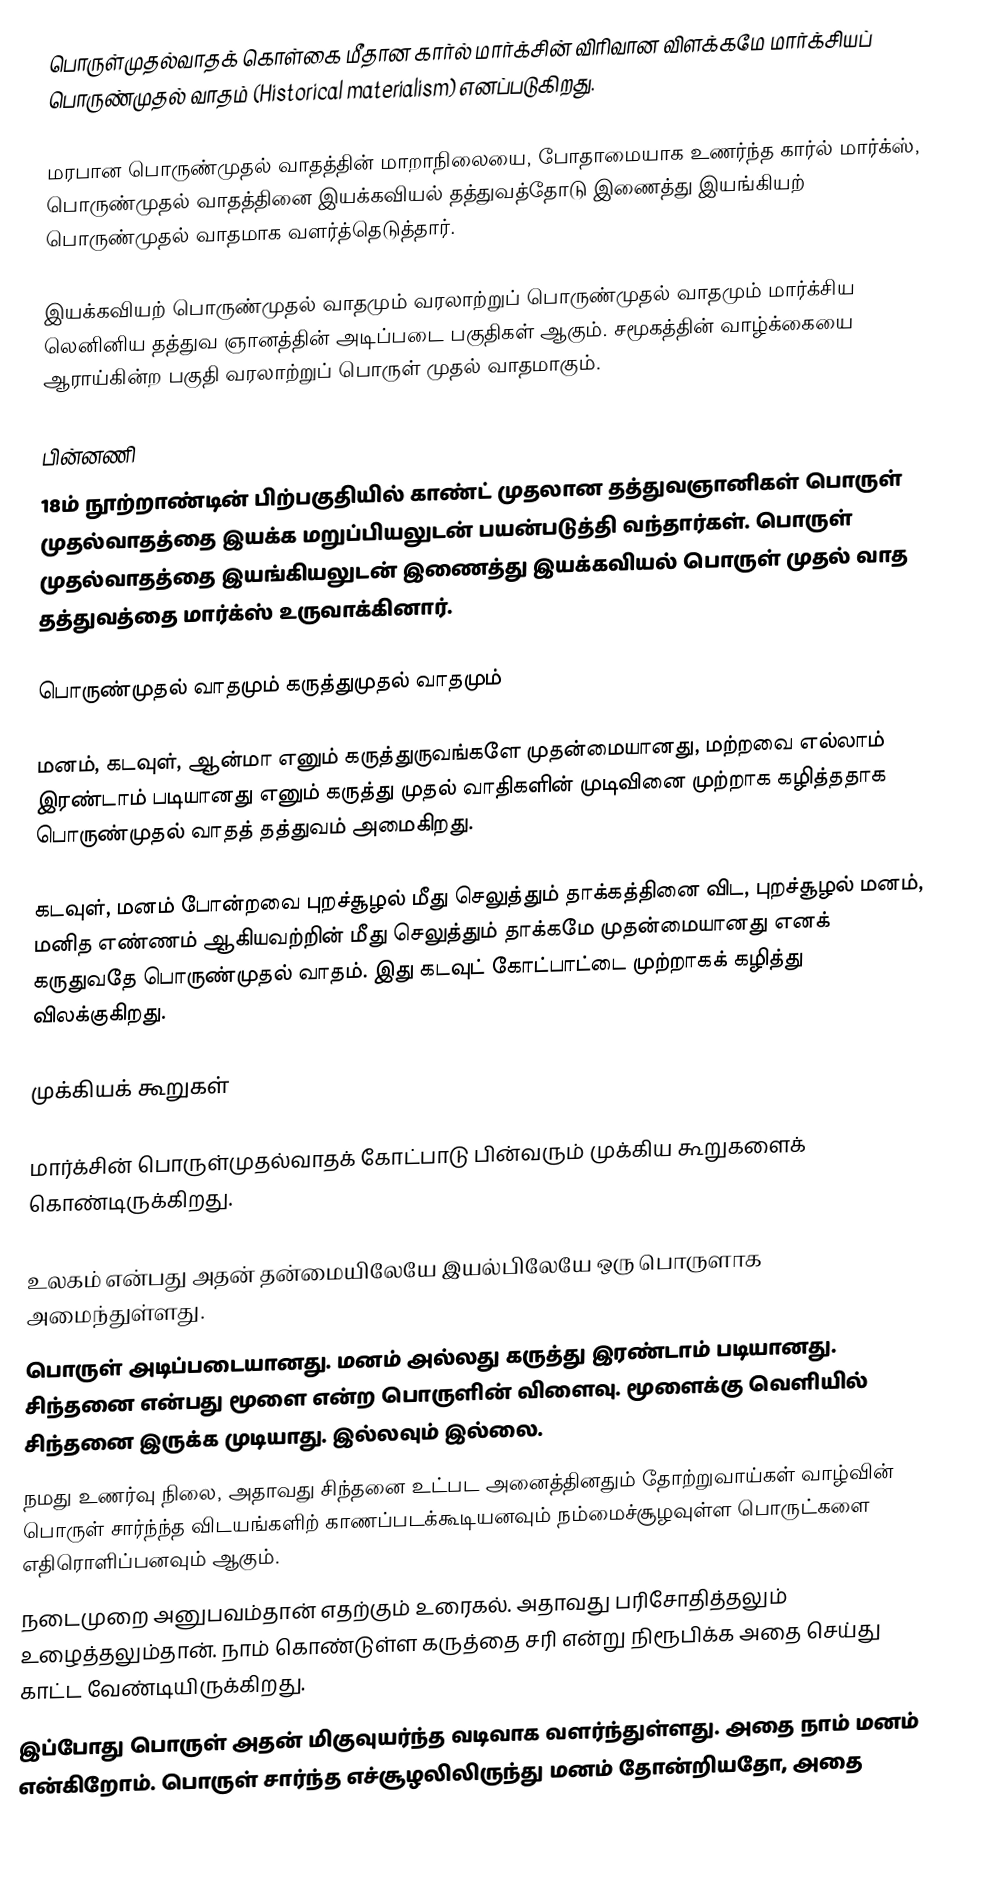
பொருள்முதல்வாதக் கொள்கை மீதான கார்ல் மார்க்சின் விரிவான விளக்கமே மார்க்சியப் பொருண்முதல் வாதம் (Historical materialism) எனப்படுகிறது.

மரபான பொருண்முதல் வாதத்தின்  மாறாநிலையை, போதாமையாக உணர்ந்த கார்ல் மார்க்ஸ், பொருண்முதல் வாதத்தினை இயக்கவியல் தத்துவத்தோடு இணைத்து இயங்கியற் பொருண்முதல் வாதமாக வளர்த்தெடுத்தார்.

இயக்கவியற் பொருண்முதல் வாதமும் வரலாற்றுப் பொருண்முதல் வாதமும் மார்க்சிய லெனினிய தத்துவ ஞானத்தின் அடிப்படை பகுதிகள் ஆகும். சமூகத்தின் வாழ்க்கையை ஆராய்கின்ற பகுதி வரலாற்றுப் பொருள் முதல் வாதமாகும்.

பின்னணி
18ம் நூற்றாண்டின் பிற்பகுதியில் காண்ட் முதலான தத்துவஞானிகள் பொருள் முதல்வாதத்தை இயக்க மறுப்பியலுடன் பயன்படுத்தி வந்தார்கள். பொருள் முதல்வாதத்தை இயங்கியலுடன் இணைத்து இயக்கவியல் பொருள் முதல் வாத தத்துவத்தை மார்க்ஸ் உருவாக்கினார்.

பொருண்முதல் வாதமும் கருத்துமுதல் வாதமும்

மனம், கடவுள், ஆன்மா எனும் கருத்துருவங்களே முதன்மையானது, மற்றவை எல்லாம் இரண்டாம் படியானது எனும் கருத்து முதல் வாதிகளின் முடிவினை முற்றாக கழித்ததாக பொருண்முதல் வாதத் தத்துவம் அமைகிறது.

கடவுள், மனம் போன்றவை புறச்சூழல் மீது செலுத்தும் தாக்கத்தினை விட, புறச்சூழல் மனம், மனித எண்ணம் ஆகியவற்றின் மீது செலுத்தும் தாக்கமே முதன்மையானது எனக் கருதுவதே பொருண்முதல் வாதம். இது கடவுட் கோட்பாட்டை முற்றாகக் கழித்து விலக்குகிறது.

முக்கியக் கூறுகள்

மார்க்சின் பொருள்முதல்வாதக் கோட்பாடு பின்வரும் முக்கிய கூறுகளைக் கொண்டிருக்கிறது.

உலகம் என்பது அதன் தன்மையிலேயே இயல்பிலேயே ஒரு பொருளாக அமைந்துள்ளது.
 பொருள் அடிப்படையானது. மனம் அல்லது கருத்து இரண்டாம் படியானது. சிந்தனை என்பது மூளை என்ற பொருளின் விளைவு. மூளைக்கு வெளியில் சிந்தனை இருக்க முடியாது. இல்லவும் இல்லை.
 நமது உணர்வு நிலை, அதாவது சிந்தனை உட்பட அனைத்தினதும் தோற்றுவாய்கள் வாழ்வின் பொருள் சார்ந்ந்த விடயங்களிற் காணப்படக்கூடியனவும் நம்மைச்சூழவுள்ள பொருட்களை எதிரொளிப்பனவும் ஆகும்.
நடைமுறை அனுபவம்தான் எதற்கும் உரைகல். அதாவது பரிசோதித்தலும் உழைத்தலும்தான். நாம் கொண்டுள்ள கருத்தை சரி என்று நிரூபிக்க அதை செய்து காட்ட வேண்டியிருக்கிறது.
 இப்போது பொருள் அதன் மிகுவுயர்ந்த வடிவாக வளர்ந்துள்ளது. அதை நாம் மனம் என்கிறோம். பொருள் சார்ந்த எச்சூழலிலிருந்து மனம் தோன்றியதோ, அதை